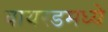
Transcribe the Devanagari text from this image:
वायरडमध्ये